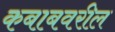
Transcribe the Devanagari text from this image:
कबाबवरील